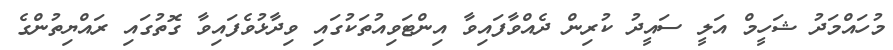
މުހައްމަދު ޝަހީމް އަލީ ސައީދު ކުރިން ދެއްވާފައިވާ އިންޓަވިއުތަކުގައި ވިދާޅުވެފައިވާ ގޮތުގައި ރައްޔިތުންގެ